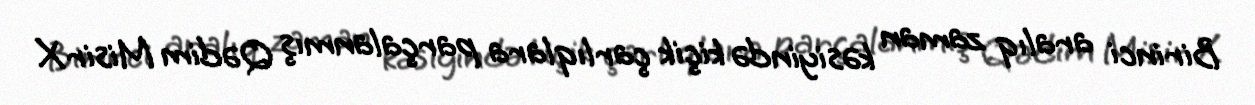
Birinci aralıq zaman kəsiyində kiçik çarlıqlara parçalanmış Qədim Misir X